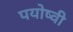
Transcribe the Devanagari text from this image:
पयोष्वी